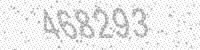
Solution: 468293